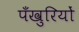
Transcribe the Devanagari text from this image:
पँखुरियों